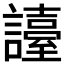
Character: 𧭏